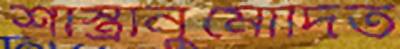
শাস্ত্রানুমোদিত